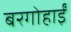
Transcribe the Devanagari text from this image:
बरगोहाईं